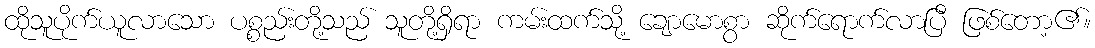
ထိုသူပိုက်ယူလာသော ပစ္စည်းတို့သည် သူတို့ရှိရာ ကမ်းထက်သို့ ချောမောစွာ ဆိုက်ရောက်လာပြီ ဖြစ်တော့၏။